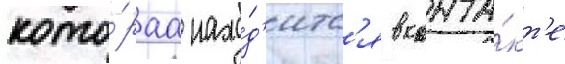
кото́раа нахо́д'итс'я в конта́кт'е